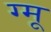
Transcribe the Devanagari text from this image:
ग्‍मू